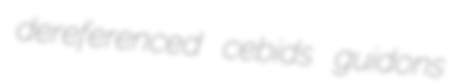
dereferenced cebids guidons